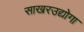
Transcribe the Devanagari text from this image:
साखरउद्योगा